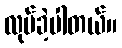
လုပ်ခဲ့ပါတယ်။